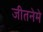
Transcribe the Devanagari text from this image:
जीतनेमे